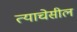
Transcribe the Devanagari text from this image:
त्याचेसील